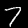
Label: 7